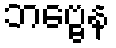
ဘဗ္ဗေန